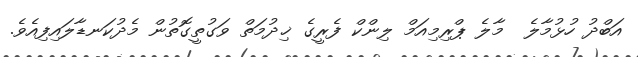
އަބްދު ހުޅުމާލެ  މާލެ ޕްރިމިއަމް ލިންކް ފެރީގެ ޚިދުމަތް ވަގުތީގޮތުން މެދުކަނޑާލައިފިއެވެ.